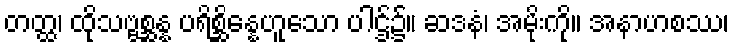
တတ္ထ၊ ထိုသဗ္ဗစ္ဆန္န ပရိစ္ဆိန္နေဟူသော ပါဌ်၌။ ဆဒနံ၊ အမိုးကို။ အနာဟစဿ၊